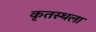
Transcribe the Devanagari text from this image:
कृतस्थला